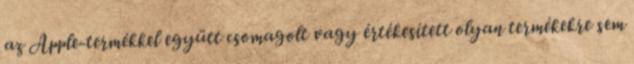
az Apple-termékkel együtt csomagolt vagy értékesített olyan termékekre sem